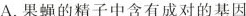
A.果蝇的精子中含有成对的基因